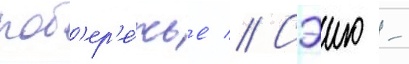
поб'ер'е́жье // Сэию -